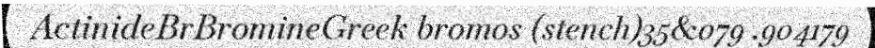
ActinideBrBromineGreek bromos (stench)35&079 .904179